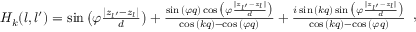
\begin{array} { r } { H _ { k } ( l , l ^ { \prime } ) = \sin { \big ( \varphi \frac { | z _ { l ^ { \prime } } - z _ { l } | } { d } \big ) } + \frac { \sin { ( \varphi q ) } \cos { \big ( \varphi \frac { | z _ { l ^ { \prime } } - z _ { l } | } { d } \big ) } } { \cos { ( k q ) } - \cos { ( \varphi q ) } } + \frac { i \sin { ( k q ) } \sin { \big ( \varphi \frac { | z _ { l ^ { \prime } } - z _ { l } | } { d } \big ) } } { \cos { ( k q ) } - \cos { ( \varphi q ) } } } \end{array} ,